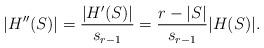
LaTeX: \begin{align*}|H''(S)|=\frac{|H'(S)|}{s_{r-1}}=\frac{r-|S|}{s_{r-1}}|H(S)|.\end{align*}